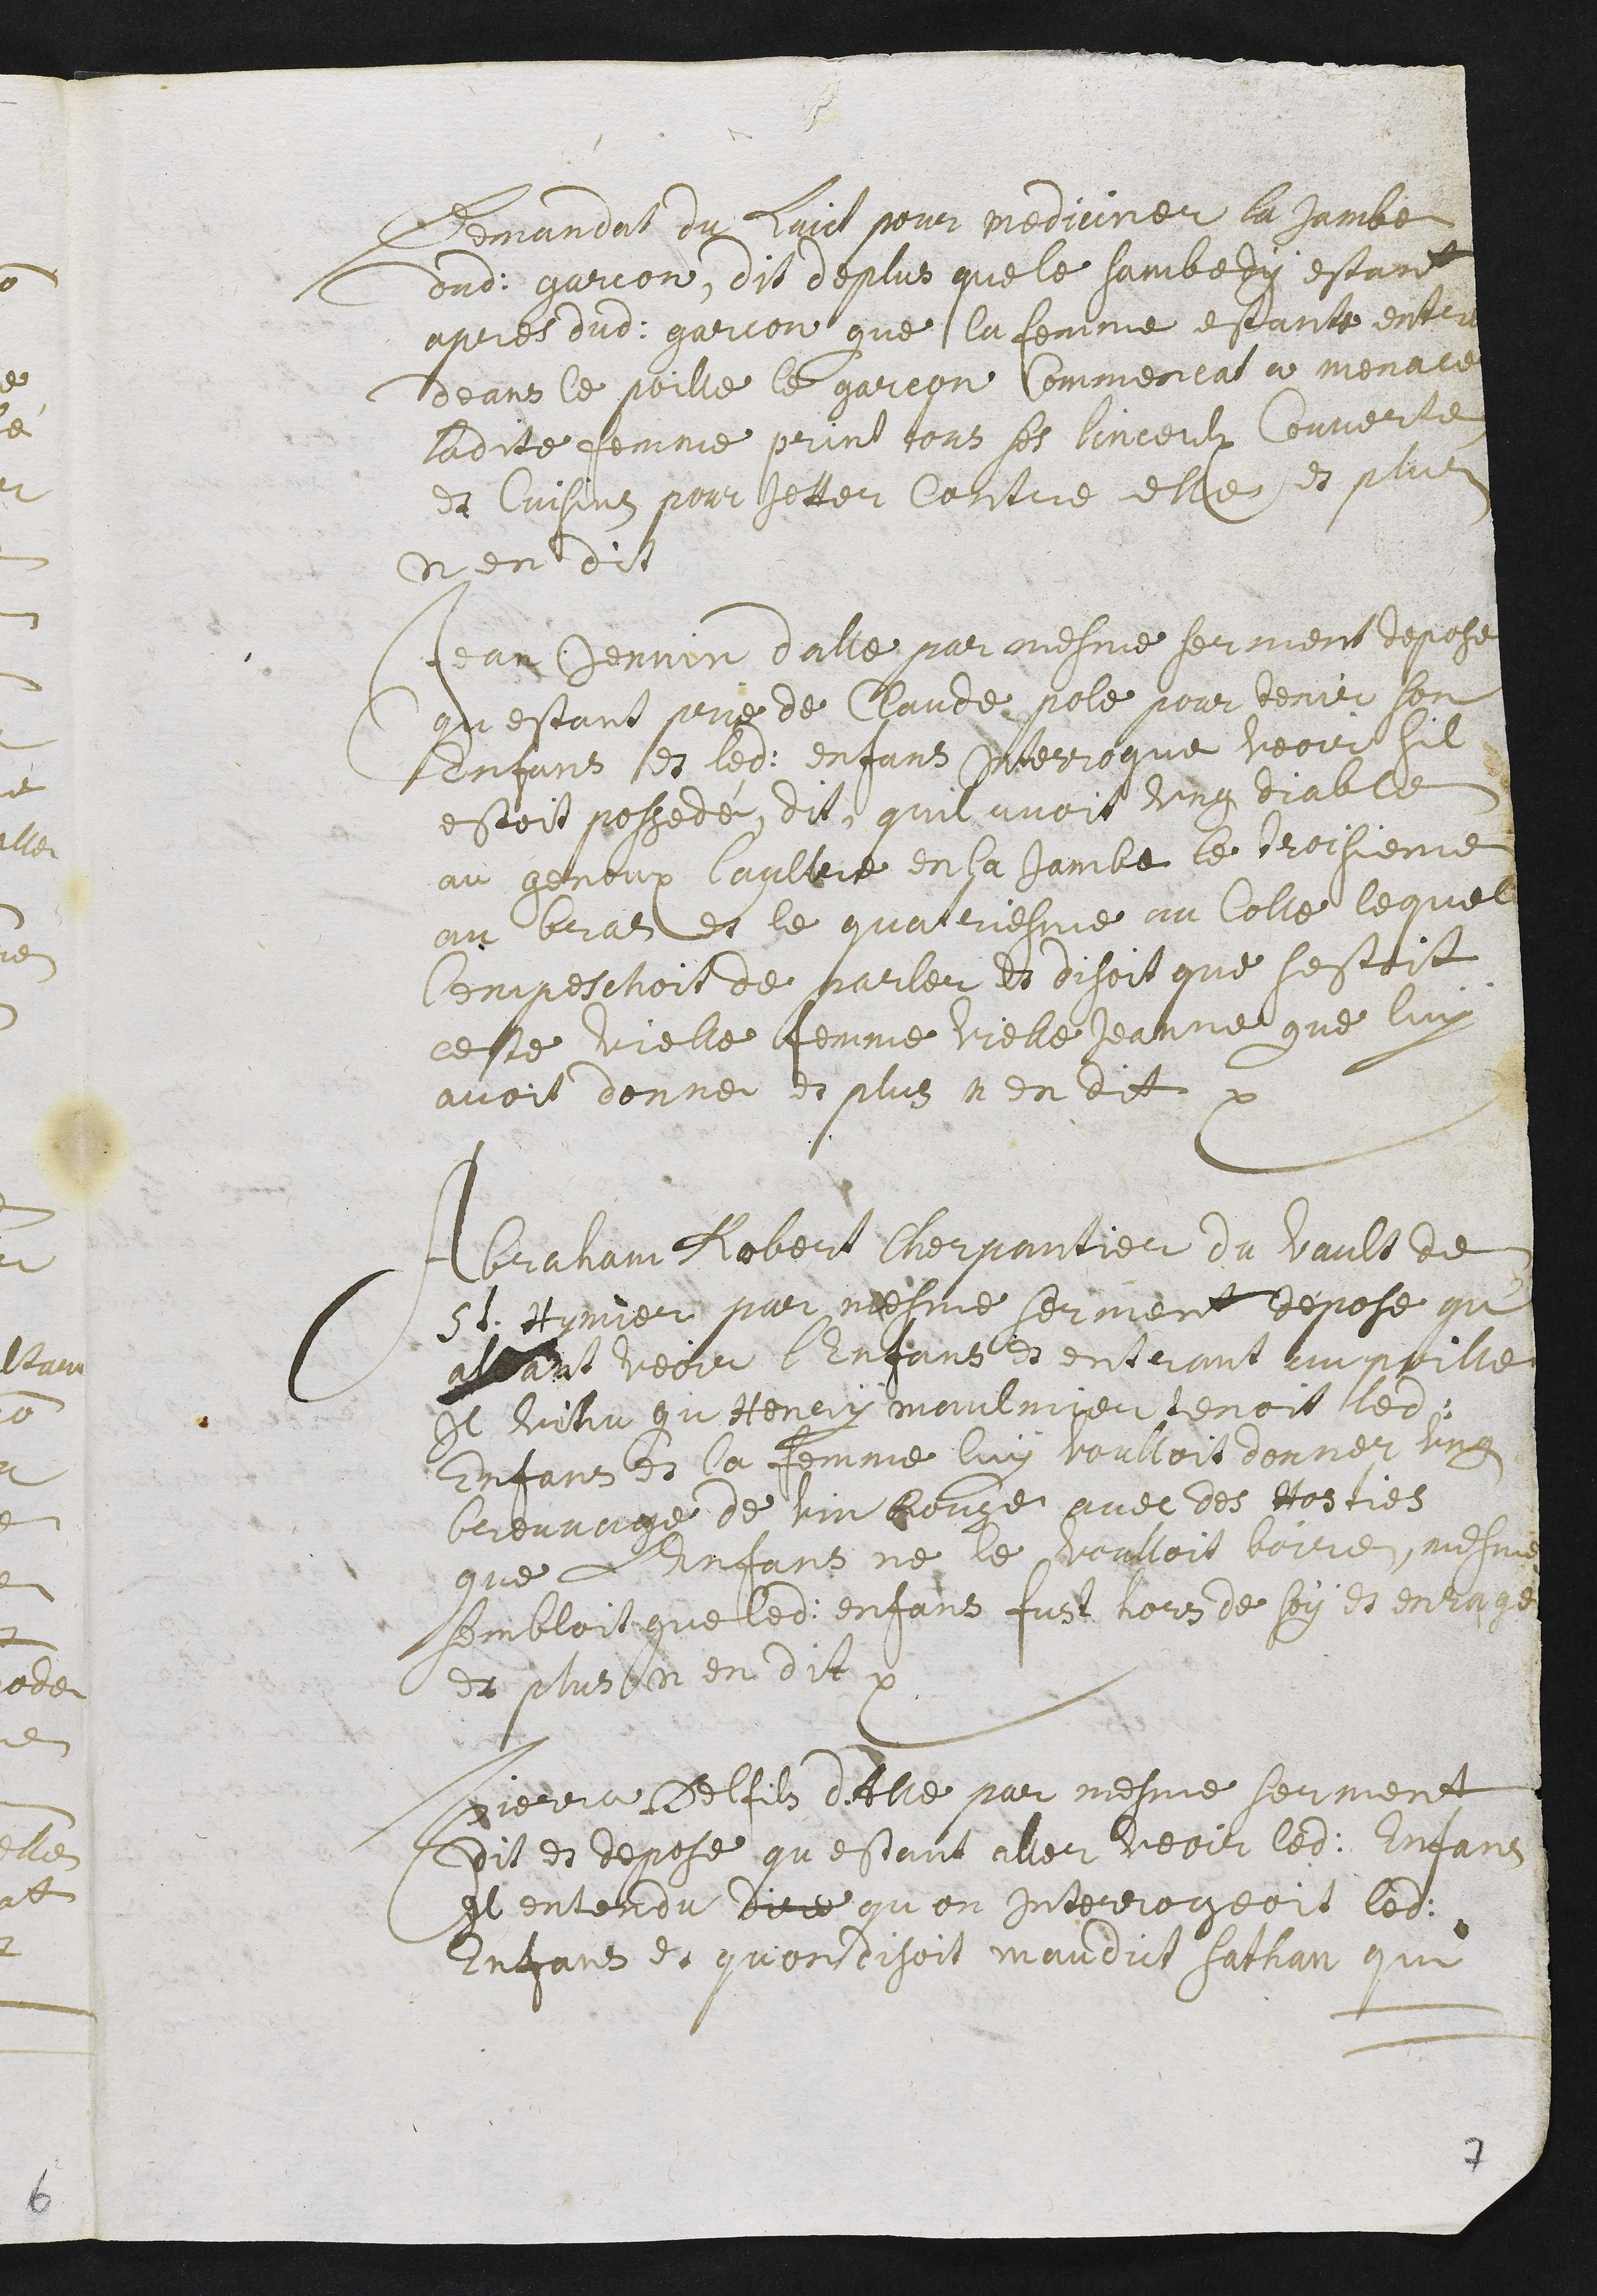
demandat du laict pour mediciner la jambe
dudit garcon. Dit de plus que le sambedy estant
apres dudit garcon que la femme estante entré
deans le poille, le garcon commencat a menacer
ladite femme, print tous les linceulx, couverte,
et cuisins pour jetter contre elle. Et plus
n’en dit.
Jean Jennin d’Alle par mesme serment depose
qu’estant prié de Claude Pole pour tenir son
enfans et ledit enfans interrogue veoir s’il
estoit possedé, dit qu’il avoit ung diable
au genoux l’autre en la jambe le troisieme
au bras et le quatriesme au colle lequel
l’empeschoit de parler et disoit que s’estoit
ceste vielle femme vielle Jeanne que luy
avoit donné. Et plus n’en dit.
Abraham Robert cherpantier du vault de
St Hymier par mesme serment depose qu’
allant veoir l’enfans et entrant un poille
il vihu qu’Henry Maulmier tenoit ledit
enfans, et la femme luy voulloit donner ung
breuvage de vin rouge avec des hosties
que l’enfans ne le voulloit boire, mesme
sembloit que ledit enfans fust hors de soy et enragé.
Et plus n’en dit.
Pierre Delfils d’Alle par mesme serment
dit et depose qu’estant aller veoir ledit enfans
il entendu dire qu’on interrogeoit ledit
enfans et qu’on disoit maudict Sathan qui